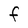
Character: F